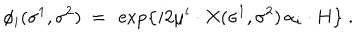
\phi _ { i } ( \sigma ^ { 1 } , \sigma ^ { 2 } ) \ = \ \exp \left\{ i 2 \mu ^ { i } \cdot X ( \sigma ^ { 1 } , \sigma ^ { 2 } ) \, \alpha _ { i } \cdot H \right\} \ .